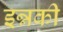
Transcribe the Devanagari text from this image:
इन्नकी